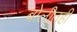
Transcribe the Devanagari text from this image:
बोलीतही